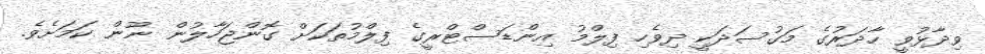
ވިދާޅުވީ ހާދަރުގެ މަގުސަދަކީ ދިވެހި ފިލްމު އިންޑަސްޓްރީގެ ފިލްމުތަކަށް ގޮންޖަހާލުން ނޫން ކަމަށެވެ.